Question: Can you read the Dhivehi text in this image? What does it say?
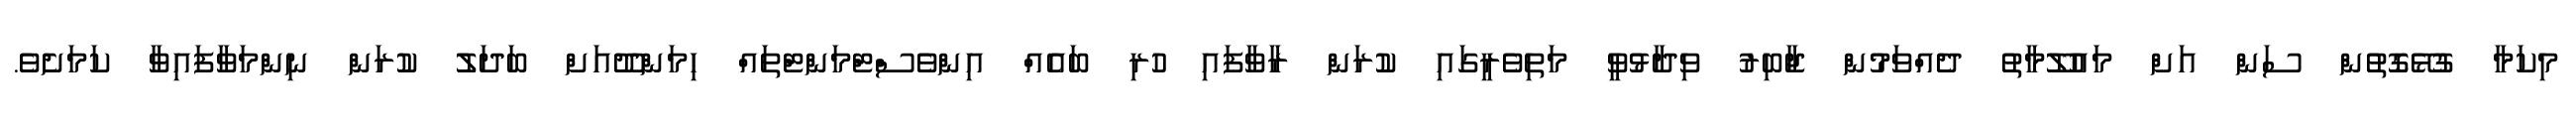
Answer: މިކަމާ ގުޅޭގޮތުން ސަން އަށް މައުލޫމާތު ދެއްވަމުން ޖާބިރު ވިދާޅުވީ މަތިވެރީގައި ކުރަން ރާވާފައި ހުރި ބައެއް އިންވެސްޓްމަންޓްތައް ހިމަންދޫއަށް ބަދަލު ކުރަން ނިންމަވާފައިވާ ކަމަށެވެ.